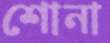
শোনা